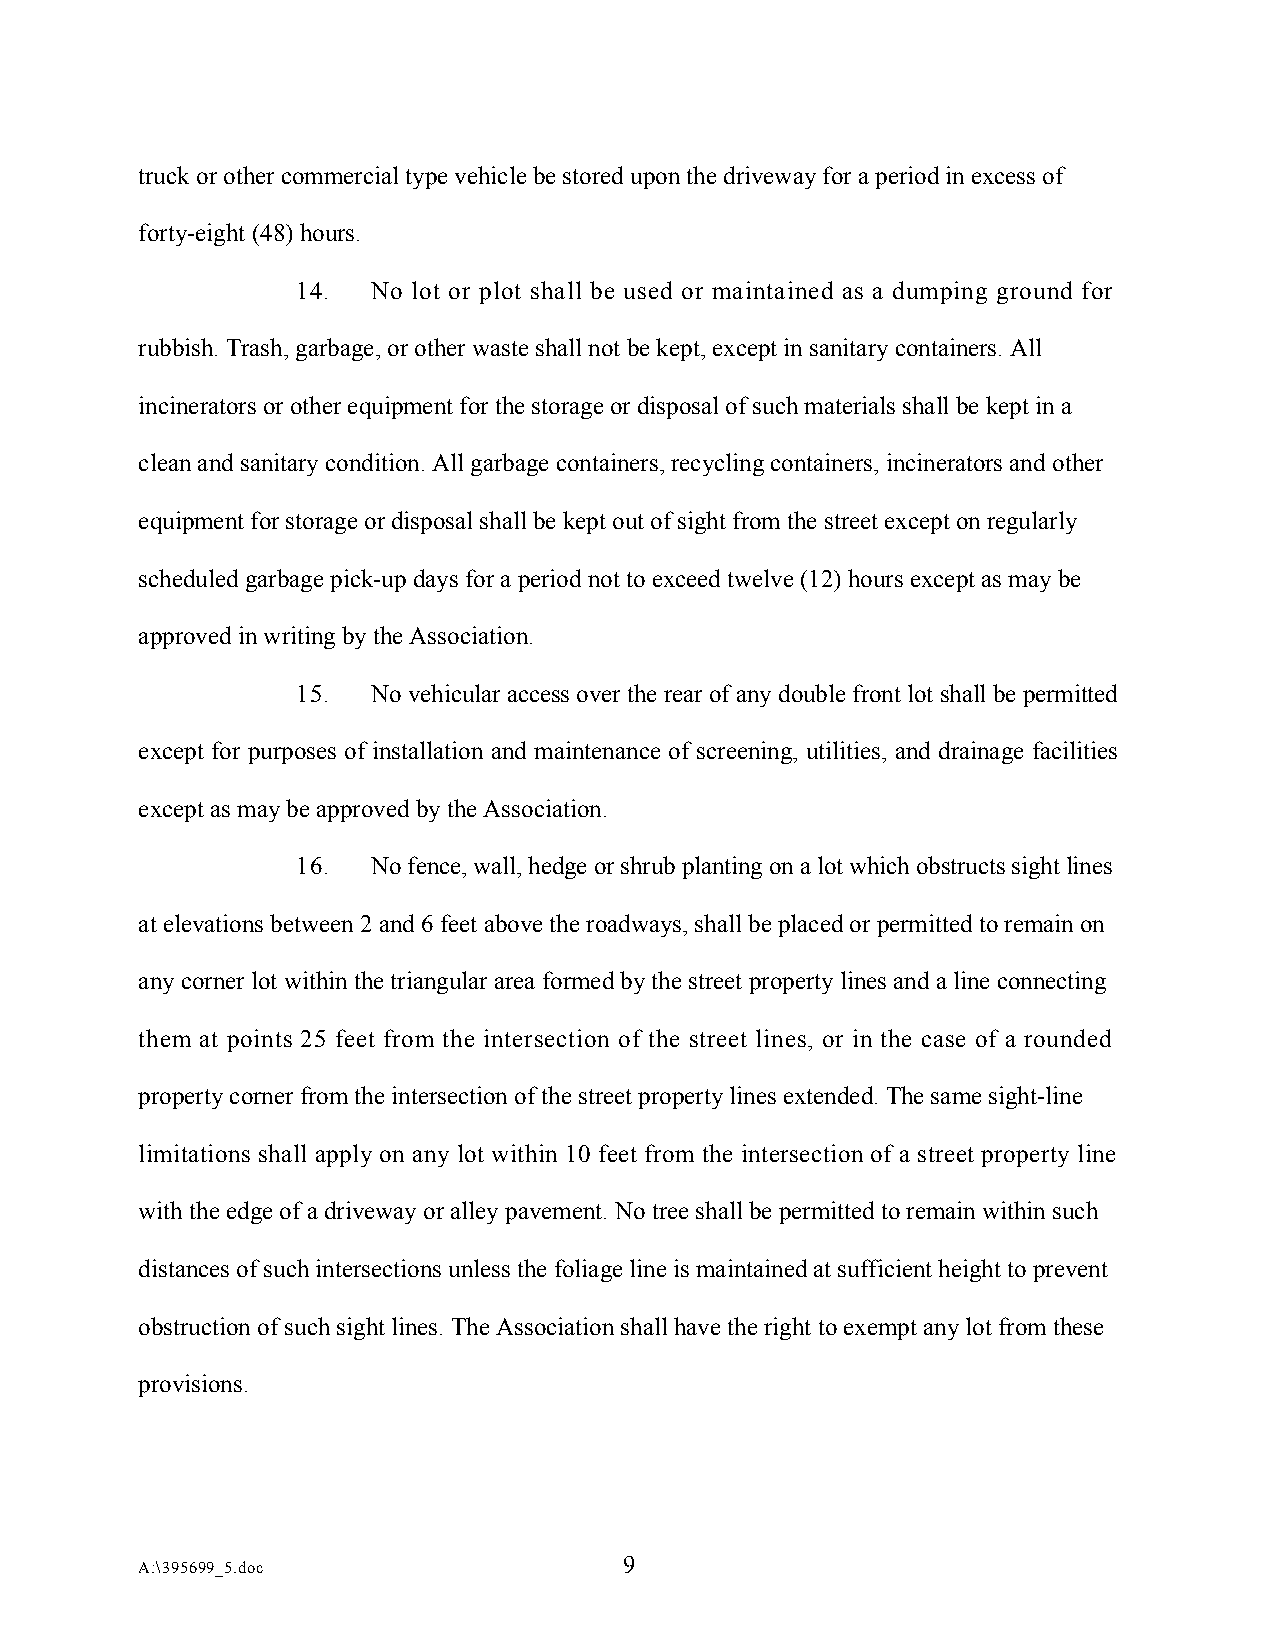
truck or other commercial type vehicle be stored upon the driveway for a period in excess of
 forty-eight (48) hours.
 14.  No lot or plot shall be used or maintained as a dumping ground for
 rubbish. Trash, garbage, or other waste shall not be kept, except in sanitary containers. All
 incinerators or other equipment for the storage or disposal of such materials shall be kept in a
 clean and sanitary condition. All garbage containers, recycling containers, incinerators and other
 equipment for storage or disposal shall be kept out of sight from the street except on regularly
 scheduled garbage pick-up days for a period not to exceed twelve (12) hours except as may be
 approved in writing by the Association.
 15.  No vehicular access over the rear of any double front lot shall be permitted
 except for purposes of installation and maintenance of screening, utilities, and drainage facilities
 except as may be approved by the Association.
 16.  No fence, wall, hedge or shrub planting on a lot which obstructs sight lines
 at elevations between 2 and 6 feet above the roadways, shall be placed or permitted to remain on
 any corner lot within the triangular area formed by the street property lines and a line connecting
 them at points 25 feet from the intersection of the street lines, or in the case of a rounded
 property corner from the intersection of the street property lines extended. The same sight-line
 limitations shall apply on any lot within 10 feet from the intersection of a street property line
 with the edge of a driveway or alley pavement. No tree shall be permitted to remain within such
 distances of such intersections unless the foliage line is maintained at sufficient height to prevent
 obstruction of such sight lines. The Association shall have the right to exempt any lot from these
 provisions.
 9
 A:\395699_5.doc